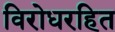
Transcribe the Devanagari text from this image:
विरोधरहित